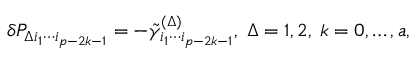
\delta { \cal P } _ { \Delta i _ { 1 } \cdots i _ { p - 2 k - 1 } } = - \tilde { \gamma } _ { i _ { 1 } \cdots i _ { p - 2 k - 1 } } ^ { ( \Delta ) } , \; \Delta = 1 , 2 , \; k = 0 , \ldots , a ,